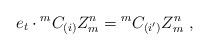
LaTeX: \begin{align*} e_t\cdot{^mC_{(i)}}Z^n_m={^mC_{(i')}}Z^n_m~,\end{align*}